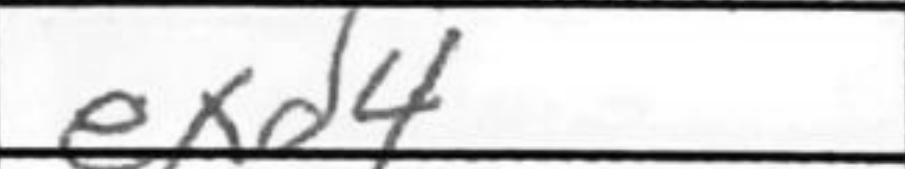
Transcription: exd4